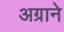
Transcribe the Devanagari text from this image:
अग्राने